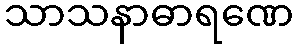
သာသနာဓာရဏေ